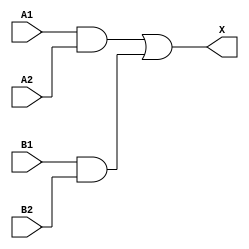
/*
 * Copyright 2020 The SkyWater PDK Authors
 *
 * Licensed under the Apache License, Version 2.0 (the "License");
 * you may not use this file except in compliance with the License.
 * You may obtain a copy of the License at
 *
 *     https://www.apache.org/licenses/LICENSE-2.0
 *
 * Unless required by applicable law or agreed to in writing, software
 * distributed under the License is distributed on an "AS IS" BASIS,
 * WITHOUT WARRANTIES OR CONDITIONS OF ANY KIND, either express or implied.
 * See the License for the specific language governing permissions and
 * limitations under the License.
 *
 * SPDX-License-Identifier: Apache-2.0
*/


`ifndef SKY130_FD_SC_MS__A22O_FUNCTIONAL_V
`define SKY130_FD_SC_MS__A22O_FUNCTIONAL_V

/**
 * a22o: 2-input AND into both inputs of 2-input OR.
 *
 *       X = ((A1 & A2) | (B1 & B2))
 *
 * Verilog simulation functional model.
 */

`timescale 1ns / 1ps
`default_nettype none

`celldefine
module sky130_fd_sc_ms__a22o (
    X ,
    A1,
    A2,
    B1,
    B2
);

    // Module ports
    output X ;
    input  A1;
    input  A2;
    input  B1;
    input  B2;

    // Local signals
    wire and0_out ;
    wire and1_out ;
    wire or0_out_X;

    //  Name  Output     Other arguments
    and and0 (and0_out , B1, B2            );
    and and1 (and1_out , A1, A2            );
    or  or0  (or0_out_X, and1_out, and0_out);
    buf buf0 (X        , or0_out_X         );

endmodule
`endcelldefine

`default_nettype wire
`endif  // SKY130_FD_SC_MS__A22O_FUNCTIONAL_V